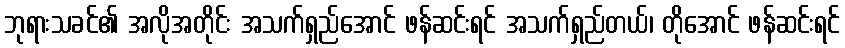
ဘုရားသခင်၏ အလိုအတိုင်း အသက်ရှည်အောင် ဖန်ဆင်းရင် အသက်ရှည်တယ်၊ တိုအောင် ဖန်ဆင်းရင်